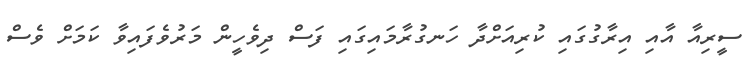
ސީރިއާ އާއި އިރާގުގައި ކުރިއަށްދާ ހަނގުރާމައިގައި ފަސް ދިވެހީން މަރުވެފައިވާ ކަަމަށް ވެސް